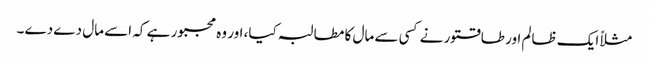
مثلاً ایک ظالم اور طاقتور نے کسی سے مال کا مطالبہ کیا، اور وہ مجبور ہے کہ اسے مال دے دے۔